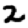
Digit: 2